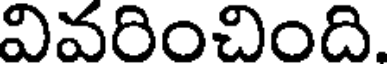
వివరించింది.